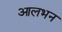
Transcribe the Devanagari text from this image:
आलभन